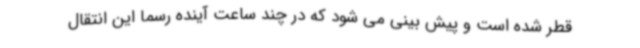
قطر شده است و پیش بینی می شود که در چند ساعت آینده رسما این انتقال